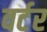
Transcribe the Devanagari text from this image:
वर्टर